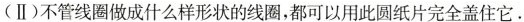
(Ⅱ)不管线圈做成什么样形状的线圈，都可以用此圆纸片完全盖住它.